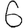
Digit: 6